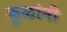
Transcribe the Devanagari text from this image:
कूळांनी